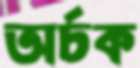
অর্চক